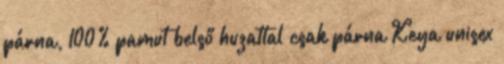
párna, 100% pamut belső huzattal csak párna Keya unisex